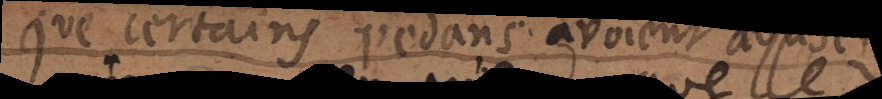
que certains pedans avoient abusé